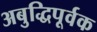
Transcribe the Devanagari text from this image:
अबुद्धिपूर्वक